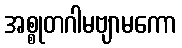
အစ္စုတဂါမဗျာမကော